DOW-UAP-D19, Mission Report, Syria, February 21, 2023
Agency: Department of War
Incident date: 2/21/23
Incident location: Syria
Page 10
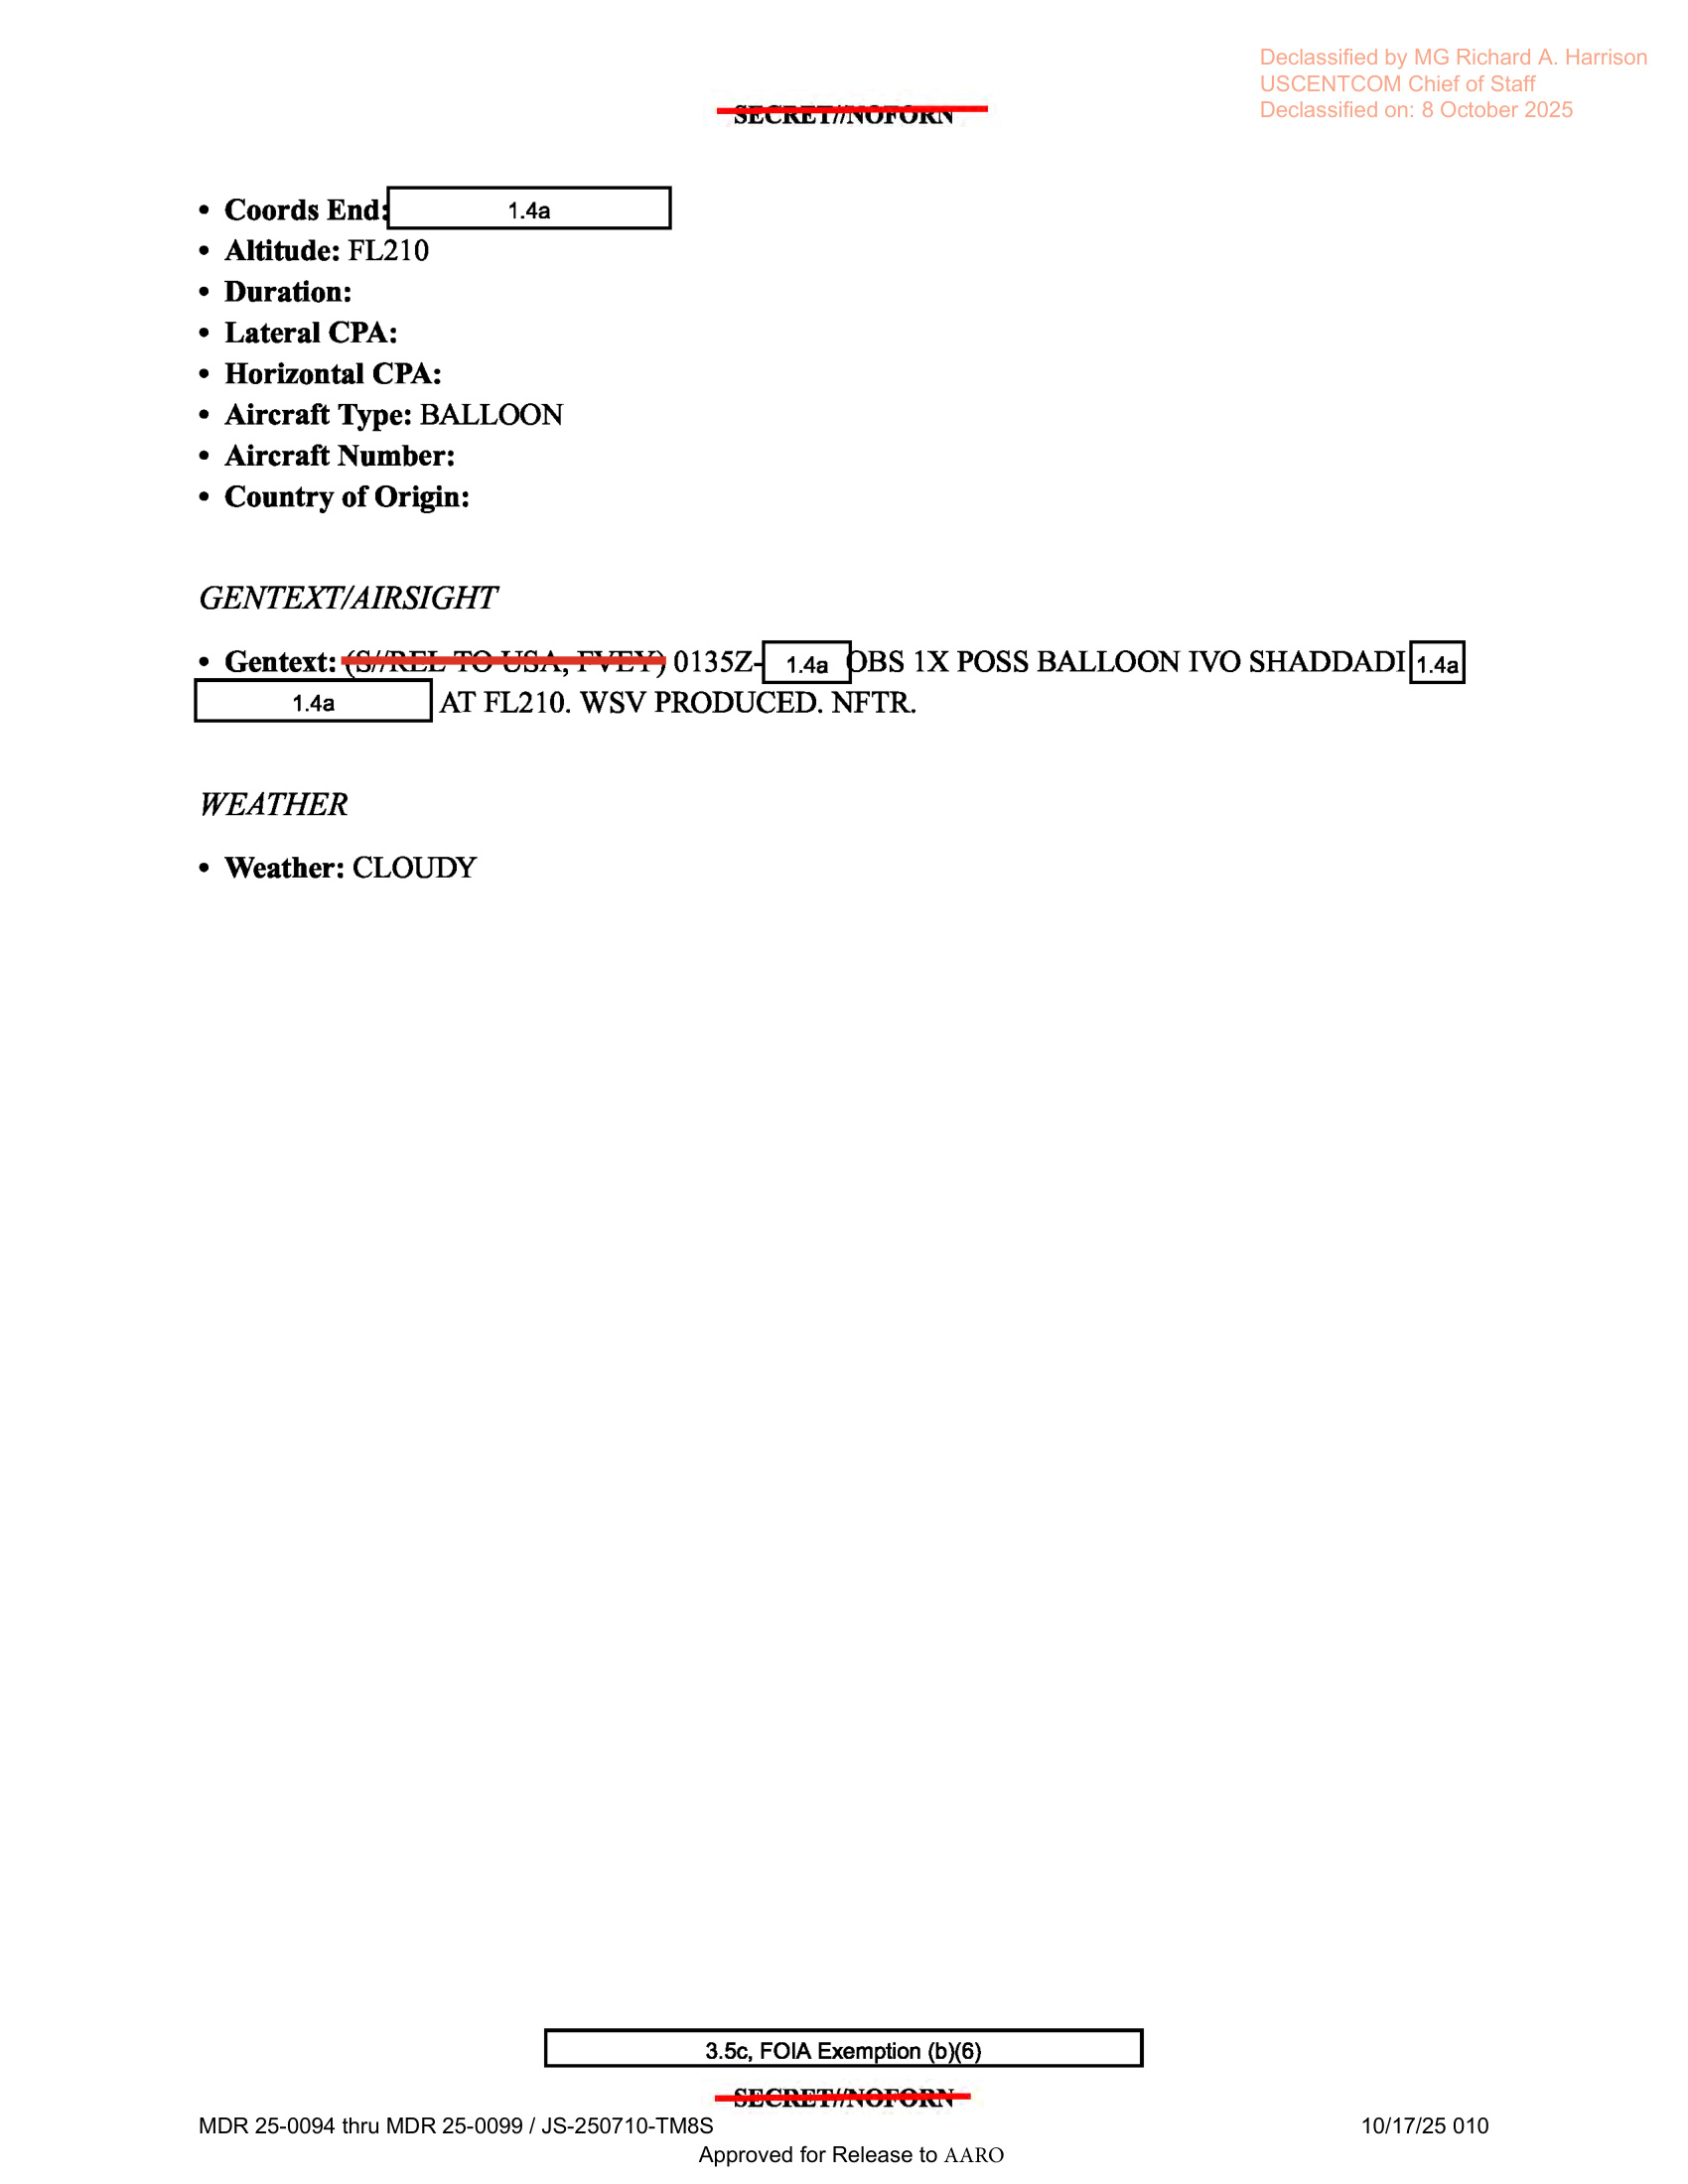